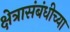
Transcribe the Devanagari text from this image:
क्षेत्रासंबंधीच्या